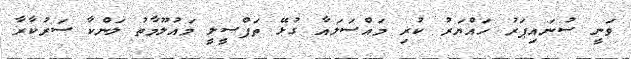
ވަނީ ސުނައިޕަރު ހައްޔަރު ކުރި މައްސަލައާ ގުޅޭ ތަފްސީލީ މައުލޫމާތު ލަންކާ ސަރުކާރާ